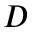
D